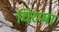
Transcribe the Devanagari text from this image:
चिरुमा